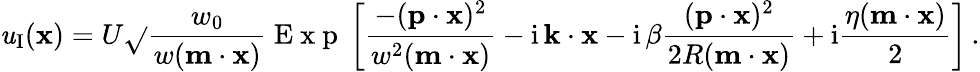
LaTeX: \mathit{u}_{\textup{I}}({\mathbf{x}})=U\sqrt{}{{\frac{{w_{0}}}{{w({\mathbf{m}}\cdot{\mathbf{x}})}}}}\mathrm{{~E~x~p~}}\left[\frac{{-({\mathbf{p}}\cdot{\mathbf{x}})^{2}}}{{w^{2}({\mathbf{m}}\cdot{\mathbf{x}})}}-\mathrm{{i}}\, {\mathbf{k}}\cdot{\mathbf{x}}-\mathrm{{i}}\, \beta\frac{{({\mathbf{p}}\cdot{\mathbf{x}})^{2}}}{{2R({\mathbf{m}}\cdot{\mathbf{x}})}}+\mathrm{{i}}\frac{{\eta({\mathbf{m}}\cdot{\mathbf{x}})}}{{2}}\right]\, .